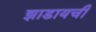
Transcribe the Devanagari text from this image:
झाडायची